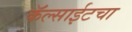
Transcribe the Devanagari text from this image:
कॅल्साईटचा